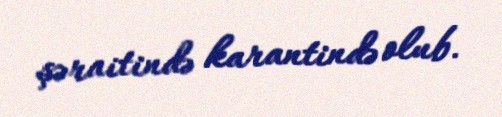
şəraitində karantində olub.